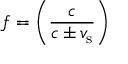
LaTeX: f = \left( { \frac { c } { c \pm v _ { \mathrm { s } } } } \right)